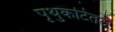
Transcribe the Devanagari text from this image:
पृथुकटितटे